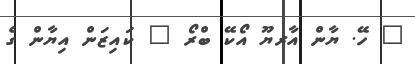
" ހޭ. ޔާން އާރޔޫ އޯކޭ ބްރޯ " ކައިޒަން އިޔާން ގެ